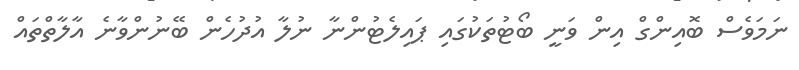
ނަމަވެސް ބޮއިންގް އިން ވަނީ ބޯޓުތަކުގައި ޕައިލެޓުންނާ ނުލާ އުދުހެން ބޭނުންވާނެ އާލާތްތައް